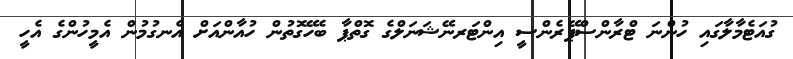
ގުއަޓެމާލާގައި ހުންނަ ޓްރާންސްޕޭރެންސީ އިންޓަރނޭޝަނަލްގެ ގޮތްޕާ ބެހޭގޮތުން ހުއާންއަށް އެނގުމުން އެމީހުންގެ އެހީ